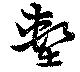
墼